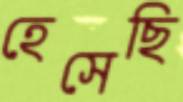
হেসেছি